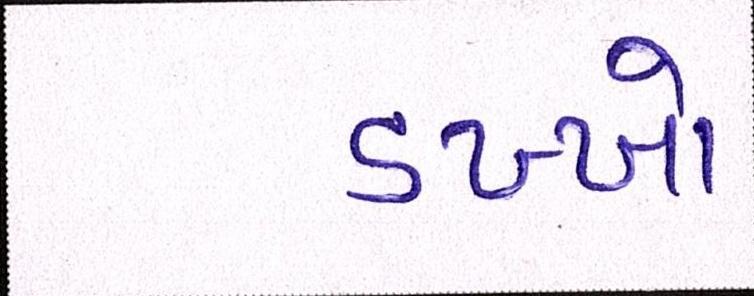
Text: ડખ્ખો